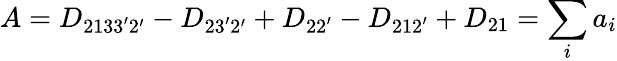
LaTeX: A=D_{2133^{\prime}2^{\prime}}-D_{23^{\prime}2^{\prime}}+D_{22^{\prime}}-D_{212^{\prime}}+D_{21}=\sum_{i}a_{i}